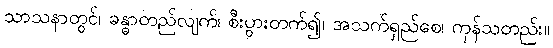
သာသနာတွင်၊ ခန္ဓာတည်လျက်၊ စီးပွားတက်၍၊ အသက်ရှည်စေ၊ ကုန်သတည်း။